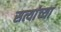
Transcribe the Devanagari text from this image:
सत्यांच्या